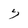
Character: 5